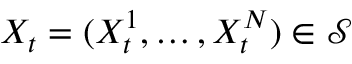
X _ { t } = ( X _ { t } ^ { 1 } , \ldots , X _ { t } ^ { N } ) \in \mathcal { S }